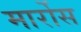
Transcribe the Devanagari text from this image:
मार्रोस